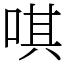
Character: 唭